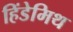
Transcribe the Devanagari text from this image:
हिंडेमिथ